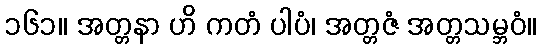
၁၆၁။ အတ္တနာ ဟိ ကတံ ပါပံ၊ အတ္တဇံ အတ္တသမ္ဘဝံ။